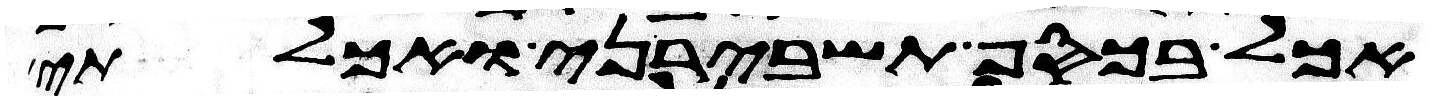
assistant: אכל בכסף תשבירני ואכלתי